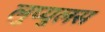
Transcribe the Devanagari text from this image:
लुप्युलस